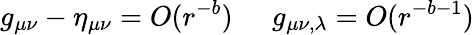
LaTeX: g_{\mu\nu}-\eta_{\mu\nu}=O(r^{-b})\; \; \; \; \; g_{\mu\nu,\lambda}=O(r^{-b-1})